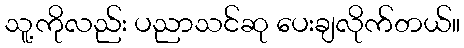
သူ့ကိုလည်း ပညာသင်ဆု ပေးချလိုက်တယ်။